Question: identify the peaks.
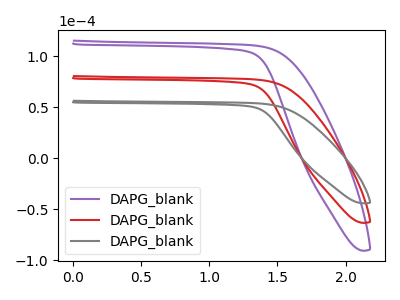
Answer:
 <answer>The purple curve "DAPG_blank1" has no peaks. The red curve "DAPG_blank2" has no peaks. The gray curve "DAPG_blank3" has no peaks.</answer>
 <eval></eval>